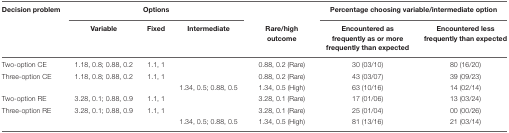
<table><thead><tr><td><b>Decision problem</b></td><td colspan="3"><b>Options</b></td><td></td><td colspan="2"><b>Percentage choosing variable/intermediate option</b></td></tr><tr><td></td><td><b>Variable</b></td><td><b>Fixed</b></td><td><b>Intermediate</b></td><td><b>Rare/high outcome</b></td><td><b>Encountered as frequently as or more frequently than expected</b></td><td><b>Encountered less frequently than expected</b></td></tr></thead><tbody><tr><td>Two-option CE</td><td>1.18, 0.8; 0.88, 0.2</td><td>1.1, 1</td><td></td><td>0.88, 0.2 (Rare)</td><td>30 (03/10)</td><td>80 (16/20)</td></tr><tr><td>Three-option CE</td><td>1.18, 0.8; 0.88, 0.2</td><td>1.1, 1</td><td></td><td>0.88, 0.2 (Rare)</td><td>43 (03/07)</td><td>39 (09/23)</td></tr><tr><td></td><td></td><td></td><td>1.34, 0.5; 0.88, 0.5</td><td>1.34, 0.5 (High)</td><td>63 (10/16)</td><td>14 (02/14)</td></tr><tr><td>Two-option RE</td><td>3.28, 0.1; 0.88, 0.9</td><td>1.1, 1</td><td></td><td>3.28, 0.1 (Rare)</td><td>17 (01/06)</td><td>13 (03/24)</td></tr><tr><td>Three-option RE</td><td>3.28, 0.1; 0.88, 0.9</td><td>1.1, 1</td><td></td><td>3.28, 0.1 (Rare)</td><td>25 (01/04)</td><td>00 (00/26)</td></tr><tr><td></td><td></td><td></td><td>1.34, 0.5; 0.88, 0.5</td><td>1.34, 0.5 (High)</td><td>81 (13/16)</td><td>21 (03/14)</td></tr></tbody></table>